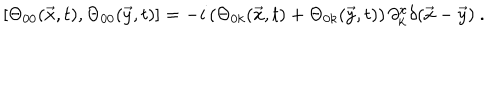
LaTeX: [ \Theta _ { 0 0 } ( \vec { x } , t ) , \Theta _ { 0 0 } ( \vec { y } , t ) ] = - i \left( \Theta _ { 0 k } ( \vec { x } , t ) + \Theta _ { 0 k } ( \vec { y } , t ) \right) \partial _ { k } ^ { x } \delta ( \vec { x } - \vec { y } ) ~ .